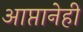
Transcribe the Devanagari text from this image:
आप्तानेही